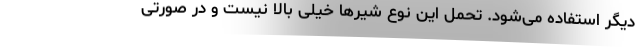
دیگر استفاده می‌شود. تحمل این نوع شیرها خیلی بالا نیست و در صورتی